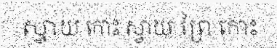
ស្វាយ កោះ ស្វាយ ព្រៃ កោះ